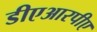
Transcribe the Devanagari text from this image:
डीएआरपीए